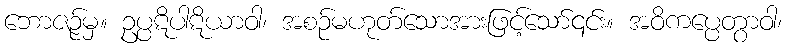
ဘောဇဉ်မှ။ ဥပ္ပဋိပါဋိယာဝါ၊ အစဉ်မဟုတ်သောအားဖြင့်သော်၎င်း။ အဝိကပ္ပေတွာဝါ၊